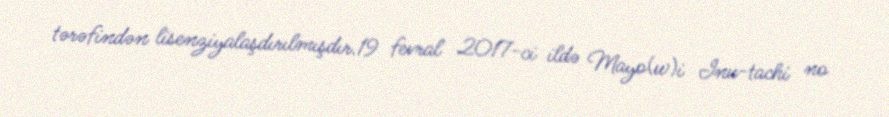
tərəfindən lisenziyalaşdırılmışdır.19 fevral 2017-ci ildə Mayo(w)i Inu-tachi no